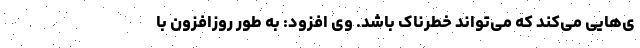
ی‌هایی می‌کند که می‌تواند خطرناک باشد. وی افزود: به طور روزافزون با